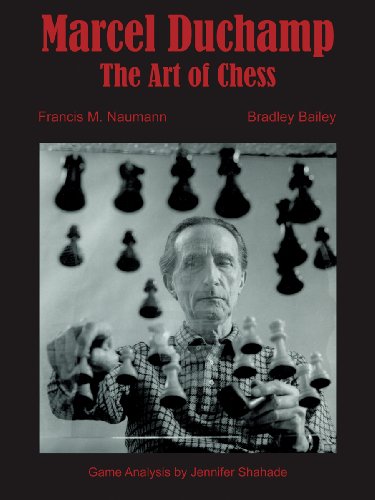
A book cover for Marcel Duchamp: The Art of Chess; Francis M. Naumann; Arts & Photography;